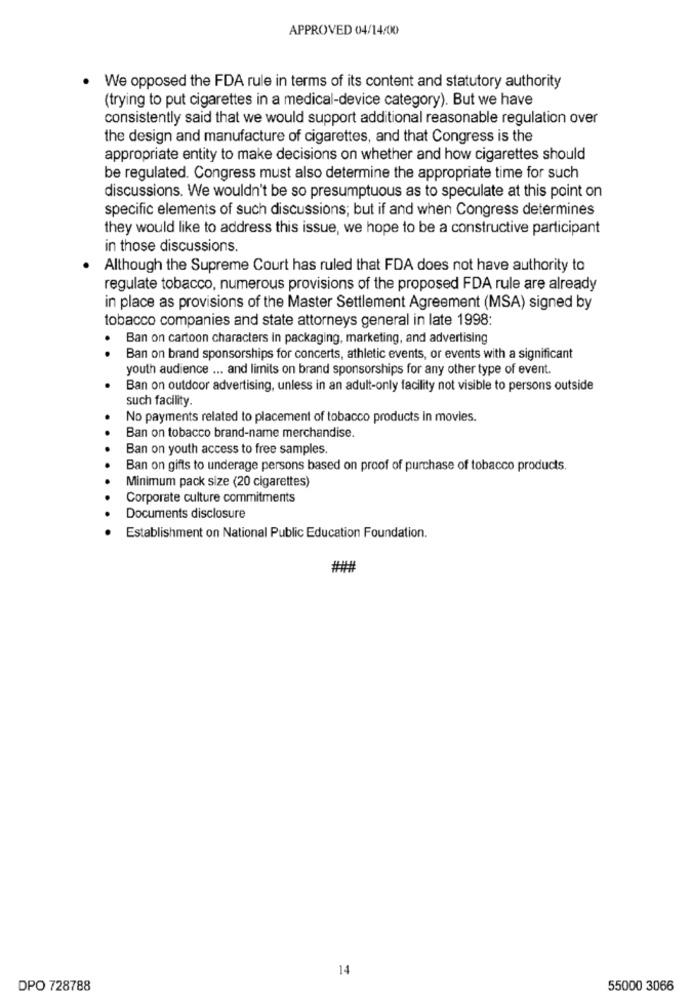
APPROVED 04/14/00
. We opposed the FDA rule in terms of its content and statutory authority
(trying to put cigarettes in a medical-device category). But we have
consistently said that we would support additional reasonable regulation over
the design and manufacture of cigarettes, and that Congress is the
appropriate entity to make decisions on whether and how cigarettes should
be regulated. Congress must also determine the appropriate time for such
discussions. We wouldn't be so presumptuous as to speculate at this point on
specific elements of such discussions; but if and when Congress determines
they would like to address this issue, we hope to be a constructive participant
in those discussions.
. Although the Supreme Court has ruled that FDA does not have authority to
regulate tobacco, numerous provisions of the proposed FDA rule are already
in place as provisions of the Master Settlement Agreement (MSA) signed by
tobacco companies and state attorneys general in late 1998:
Ban on cartoon characters In packaging, marketing, and advertising
..
Ban on brand sponsorships for concerts, athletic events, or events with a significant
youth audience ... and limits on brand sponsorships for any other type of event.
Ban on outdoor advertising, unless in an adult-only facility not visible to persons outside
such facility.
No payments related to placement of tobacco products in movies.
Ban on tobacco brand-name merchandise.
Ban on youth access to free samples.
Ban on gifts to underage persons based on proof of purchase of tobacco products.
Minimum pack size (20 cigarettes)
Corporate culture commitments
Documents disclosure
Establishment on National Public Education Foundation.
14
DPO 728788
55000 3066